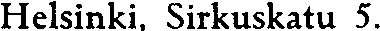
Helsinki. Sirkuskatu 5.